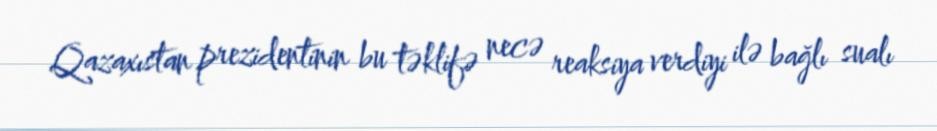
Qazaxıstan prezidentinin bu təklifə necə reaksiya verdiyi ilə bağlı sualı